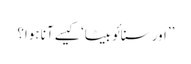
’’اور سنائو بیٹا‘ کیسے آنا ہوا؟